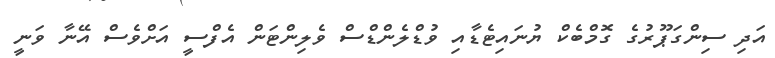
އަދި ސިންގަޕޫރުގެ ގޮމްބެކް ޔުނައިޓެޑާއި ވުޑްލެންޑްސް ވެލިންޓަން އެފްސީ އަށްވެސް އޭނާ ވަނީ